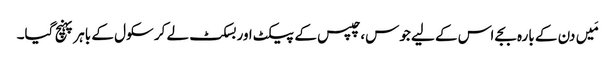
مَیں دن کے بارہ بجے اس کے لیے جوس، چپس کے پیکٹ اور بسکٹ لے کر سکول کے باہر پہنچ گیا۔